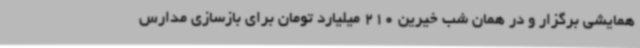
همایشی برگزار و در همان شب خیرین 210 میلیارد تومان برای بازسازی مدارس